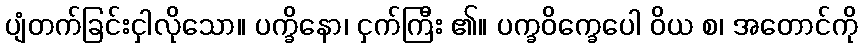
ပျံတက်ခြင်းငှါလိုသော။ ပက္ခိနော၊ ငှက်ကြီး ၏။ ပက္ခဝိက္ခေပေါ ဝိယ စ၊ အတောင်ကို